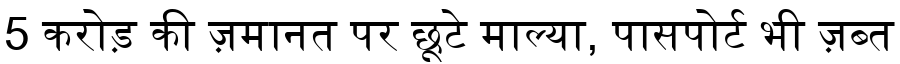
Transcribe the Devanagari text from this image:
5 करोड़ की ज़मानत पर छूटे माल्या, पासपोर्ट भी ज़ब्त